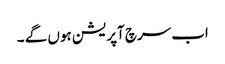
اب سرچ آپریشن ہوں گے ۔